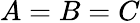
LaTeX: A=B=C